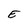
Character: E